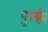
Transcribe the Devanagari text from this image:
गुगनहैम